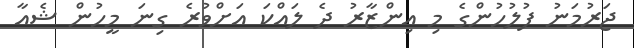
ޖަރުމަނު ފުލުހުންގެ މި އިންޒާރު ދެ ލައްކަ އަށްވުރެ ގިނަ މީހުން ޝެއާ